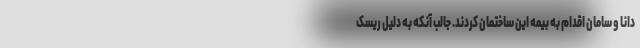
دانا و سامان اقدام به بیمه این ساختمان کردند. جالب آنکه به دلیل ریسک